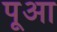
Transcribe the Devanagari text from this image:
पूआ